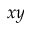
x y